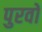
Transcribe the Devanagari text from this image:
पुरवो